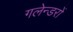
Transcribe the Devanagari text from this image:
गलेन्डरों